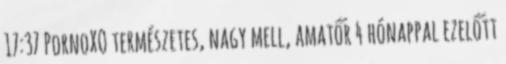
17:37 PornoXO természetes, nagy mell, amatőr 4 hónappal ezelőtt